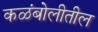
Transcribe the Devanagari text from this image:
कळंबोलीतील